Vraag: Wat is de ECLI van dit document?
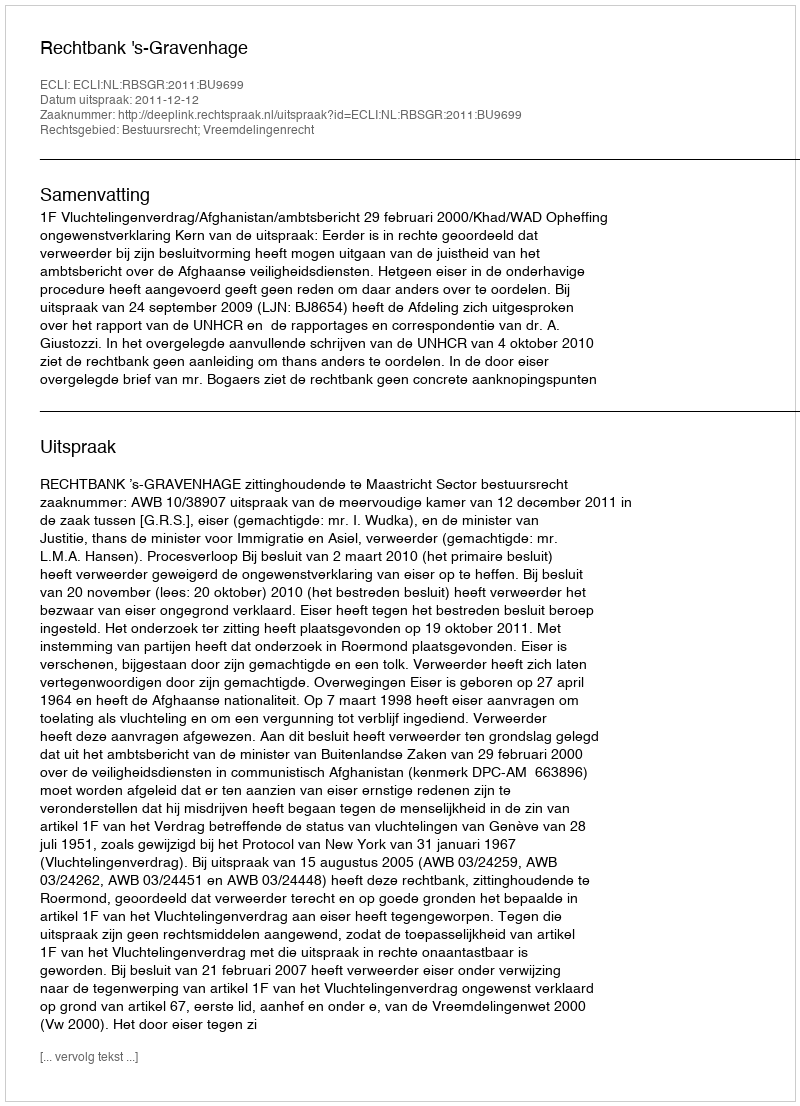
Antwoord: ECLI:NL:RBSGR:2011:BU9699